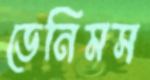
ডেনিমস